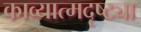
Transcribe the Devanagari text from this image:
काव्यात्मदृष्ट्या